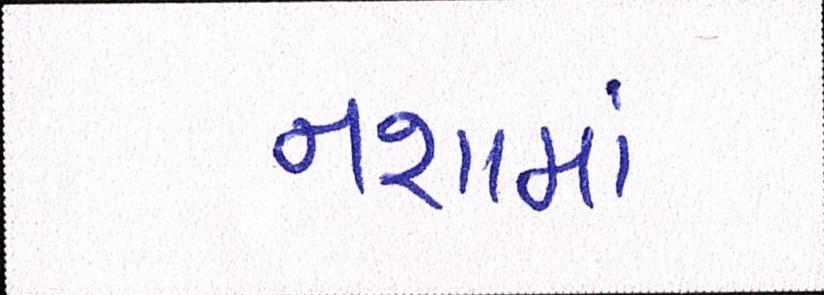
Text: નશામાં